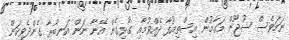
ނަމަވެސް ޝުޖޫން މަގާމުން އިސްތިއުފާ ދެއްވުމާއި ގުޅިގެން އޭނާ ނަން އަނބުރާ ގެންދެވިކަން